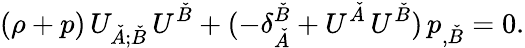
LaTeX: (\rho+p)\, U_{\check{A};\check{B}}\, U^{\check{B}}+(-\delta_{\check{A}}^{\check{B}}+U^{\check{A}}\, U^{\check{B}})\, p_{,\check{B}}=0.